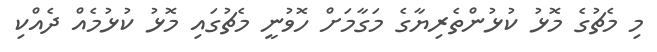
މި މެޗުގެ މޮޅު ކުޅުންތެރިޔާގެ މަގާމަށް ހޮވުނީ މެޗުގައި މޮޅު ކުޅުމެއް ދެއްކި